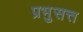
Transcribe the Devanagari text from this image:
प्रभुसत्त